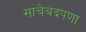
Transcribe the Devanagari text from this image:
साचेबंदपणा